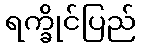
ရက္ခိုင်ပြည်